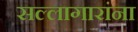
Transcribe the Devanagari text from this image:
सल्लागारांना